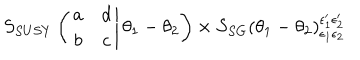
S _ { S U S Y } \left( \left. \begin{array} { c c } { { a } } & { { d } } \\ { { b } } & { { c } } \\ \end{array} \right| \theta _ { 1 } - \theta _ { 2 } \right) \times S _ { S G } \left( \theta _ { 1 } - \theta _ { 2 } \right) _ { \epsilon _ { 1 } \epsilon _ { 2 } } ^ { \epsilon _ { 1 } ^ { \prime } \epsilon _ { 2 } ^ { \prime } }